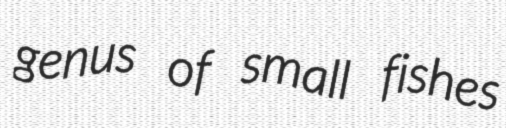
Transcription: genus of small fishes